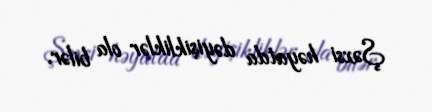
Şəxsi həyatda dəyişikliklər ola bilər.